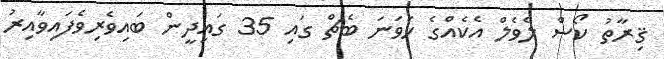
ޤިރާތު ކޯސް ލެވެލް އެކެއްގެ ހަވަނަ ބެޗް ގައި 35 ގައިދީން ބައިވެރިވެފައިވާއިރު